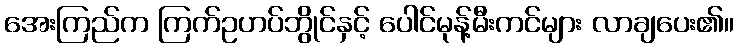
အေးကြည်က ကြက်ဥဟပ်ဘွိုင်နှင့် ပေါင်မုန့်မီးကင်များ လာချပေး၏။